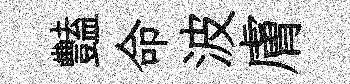
豔命波膚